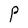
Character: P